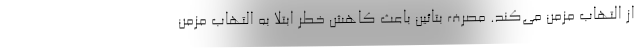
از التهاب مزمن می‌کند. مصرف بتائین باعث کاهش خطر ابتلا به التهاب مزمن